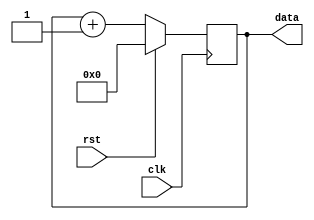
/*
 * Copyright (c) 2013, The DDK Project
 *    Dmitry Nedospasov <dmitry at nedos dot net>
 *    Thorsten Schroeder <ths at modzero dot ch>
 *
 * All rights reserved.
 *
 * This file is part of Die Datenkrake (DDK).
 *
 * "THE BEER-WARE LICENSE" (Revision 42):
 * <dmitry at nedos dot net> and <ths at modzero dot ch> wrote this file. As
 * long as you retain this notice you can do whatever you want with this stuff.
 * If we meet some day, and you think this stuff is worth it, you can buy us a
 * beer in return. Die Datenkrake Project.
 *
 * THIS SOFTWARE IS PROVIDED BY THE COPYRIGHT HOLDERS AND CONTRIBUTORS "AS IS"
 * AND ANY EXPRESS OR IMPLIED WARRANTIES, INCLUDING, BUT NOT LIMITED TO, THE
 * IMPLIED WARRANTIES OF MERCHANTABILITY AND FITNESS FOR A PARTICULAR PURPOSE
 * ARE DISCLAIMED. IN NO EVENT SHALL THE DDK PROJECT BE LIABLE FOR ANY DIRECT,
 * INDIRECT, INCIDENTAL, SPECIAL, EXEMPLARY, OR CONSEQUENTIAL DAMAGES
 * (INCLUDING, BUT NOT LIMITED TO, PROCUREMENT OF SUBSTITUTE GOODS OR SERVICES;
 * LOSS OF USE, DATA, OR PROFITS; OR BUSINESS INTERRUPTION) HOWEVER CAUSED AND
 * ON ANY THEORY OF LIABILITY, WHETHER IN CONTRACT, STRICT LIABILITY, OR TORT
 * (INCLUDING NEGLIGENCE OR OTHERWISE) ARISING IN ANY WAY OUT OF THE USE OF THIS
 * SOFTWARE, EVEN IF ADVISED OF THE POSSIBILITY OF SUCH DAMAGE.
 *
 * Module: ddk_core
 * Description: The core module. This can be safely simulated.
 */

module  data_gen(
      input wire clk,
      input wire rst,
      output reg [5:0] data);

always  @ (posedge clk)
begin
  if (rst)
  begin
    data <= 6'd0;
  end

  else
  begin
    data <= (data + 1);
  end
end

endmodule